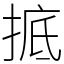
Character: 掋